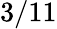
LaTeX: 3/11